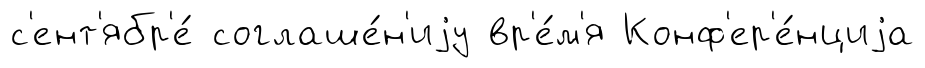
с'ент'ябр'е́ соглаше́н'иjу вр'е́м'я Конф'ер'е́нциjа